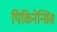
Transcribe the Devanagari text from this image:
पिकिनेन्सिस